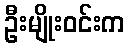
ဦးမျိုးဝင်းက